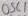
Text: OSC1